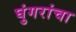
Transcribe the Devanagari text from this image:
घुंगरांचा